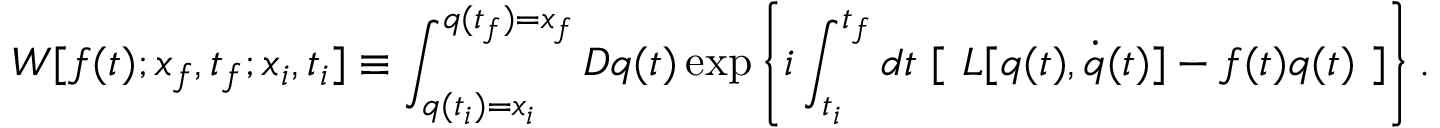
W [ f ( t ) ; x _ { f } , t _ { f } ; x _ { i } , t _ { i } ] \equiv \int _ { q ( t _ { i } ) = x _ { i } } ^ { q ( t _ { f } ) = x _ { f } } { \cal D } q ( t ) \exp \left\{ i \int _ { t _ { i } } ^ { t _ { f } } d t \ [ \ { \cal L } [ q ( t ) , \dot { q } ( t ) ] - f ( t ) q ( t ) \ ] \right\} .